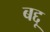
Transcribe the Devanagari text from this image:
बद्दू